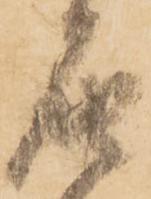
届